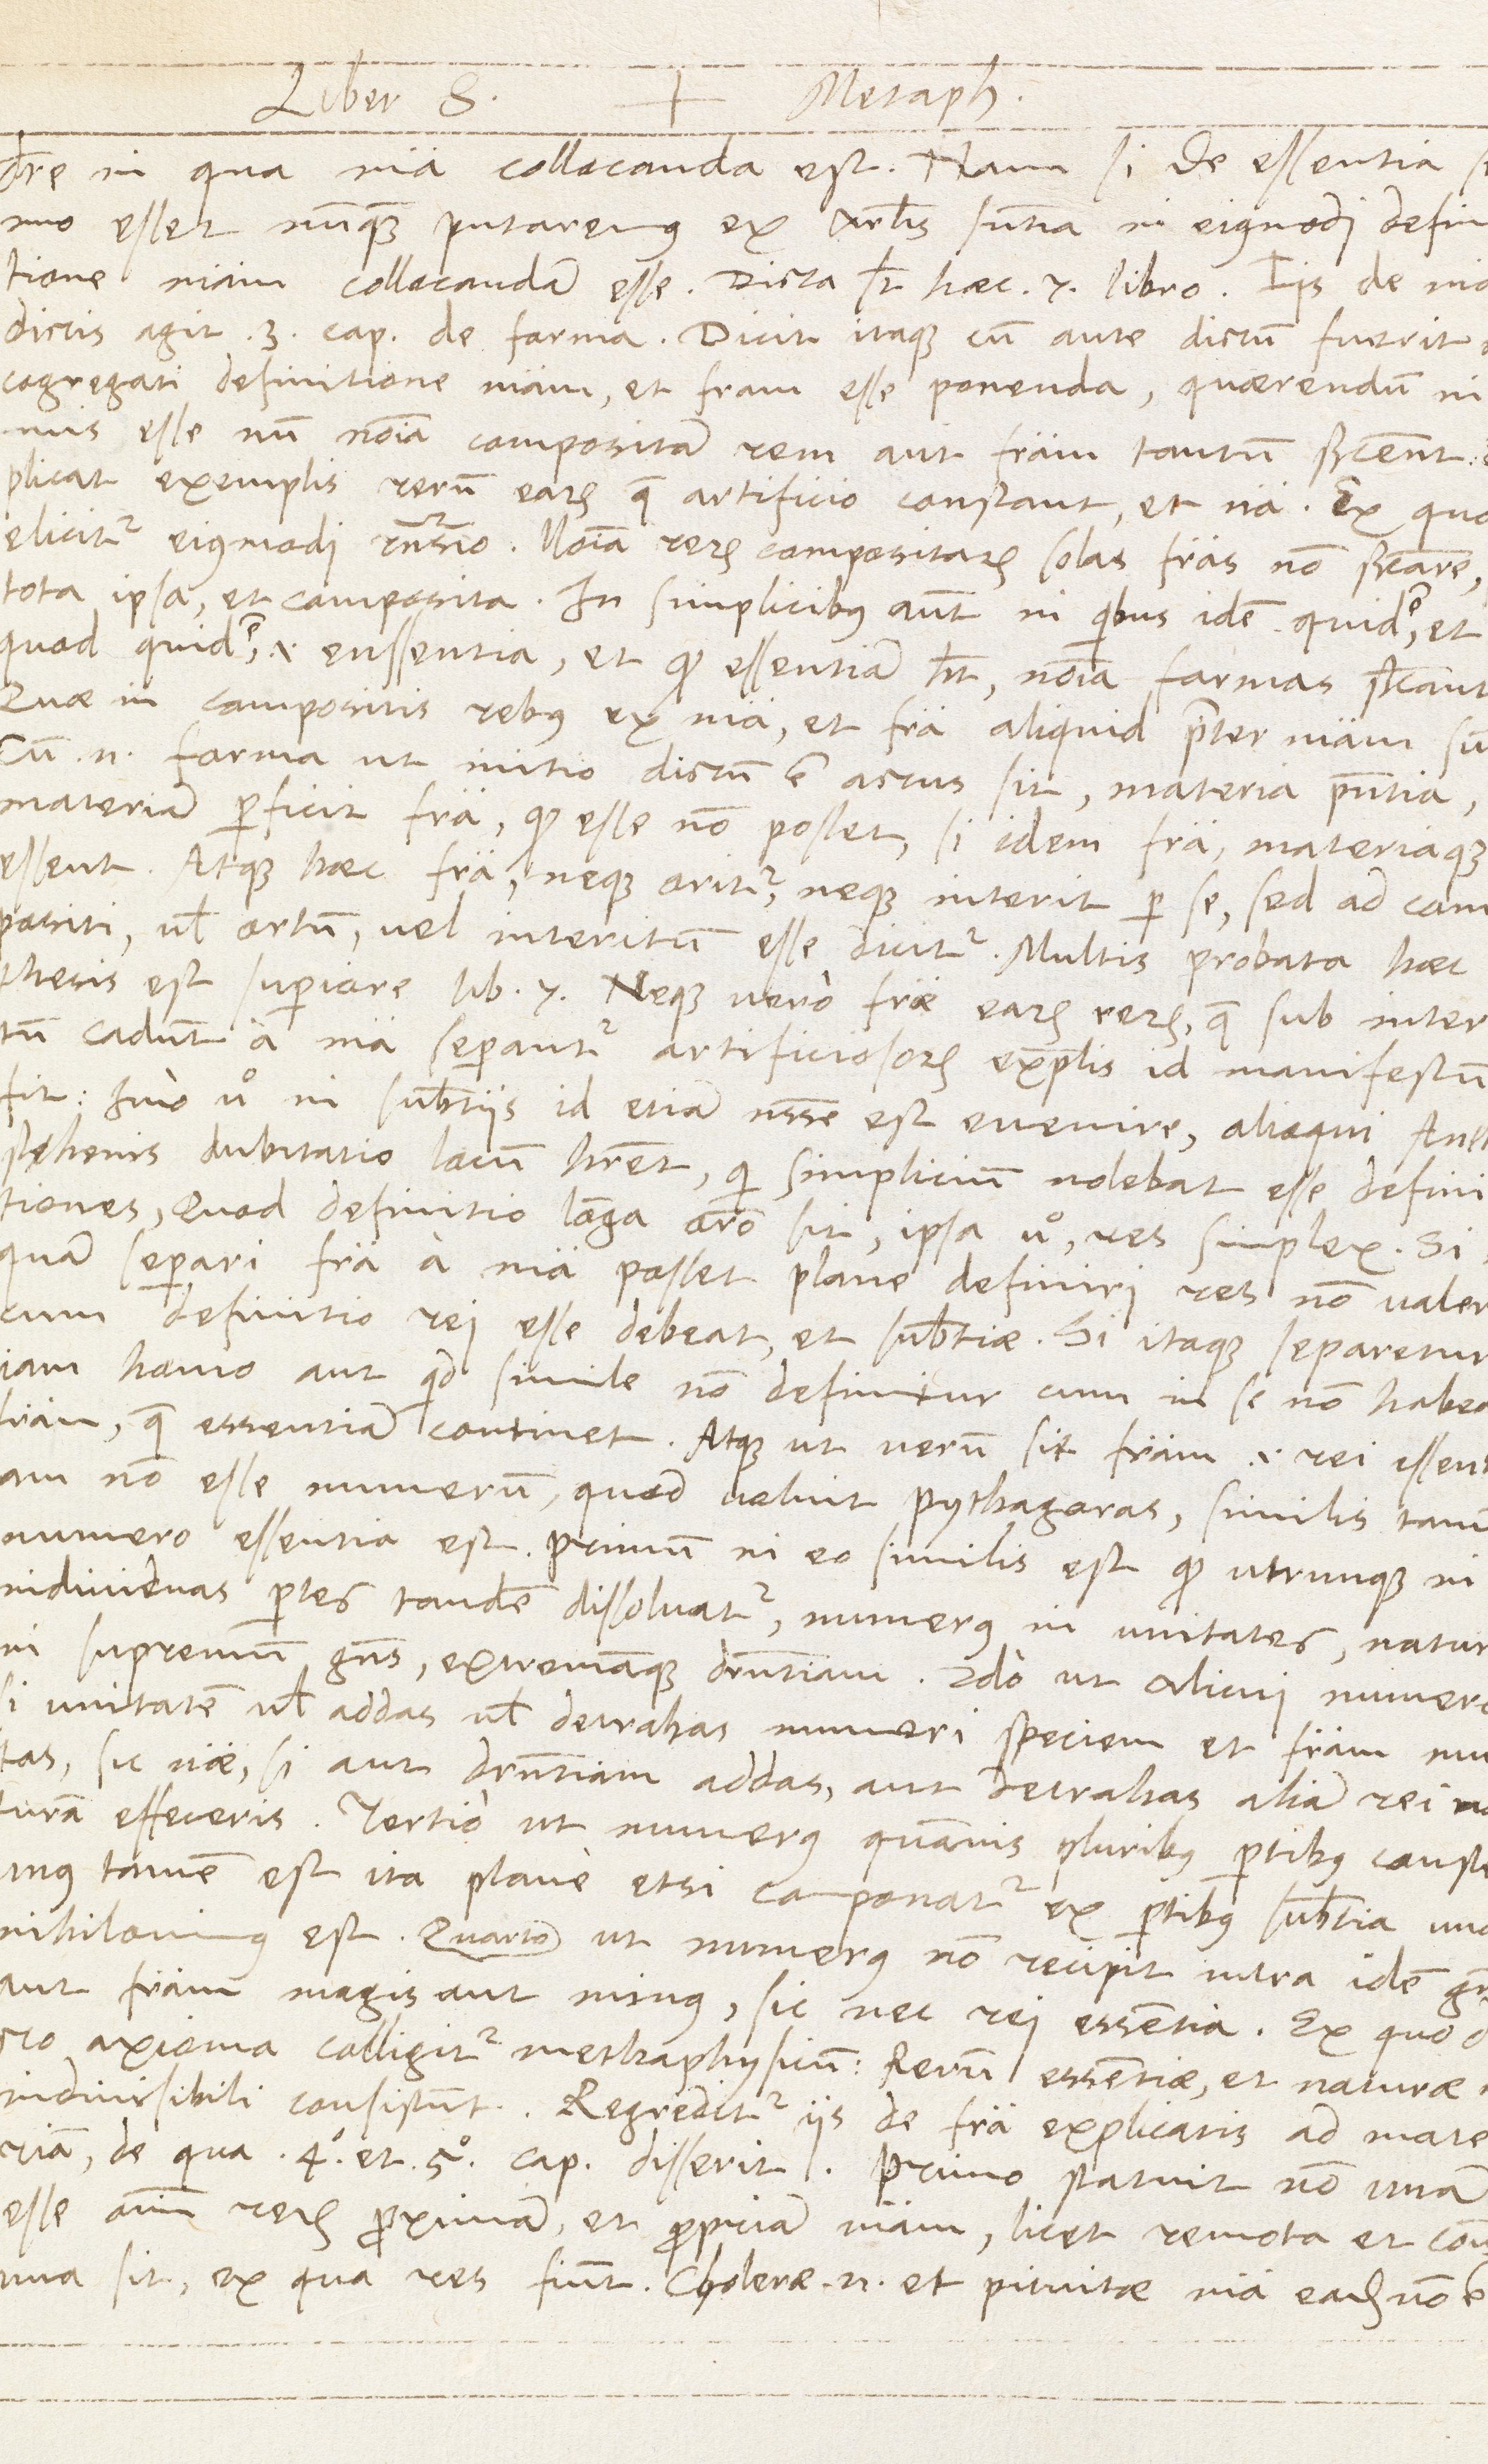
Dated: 1567–1567